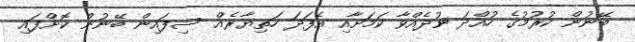
ބޭނުން ކުރުމުގެ ހުއްދަ ނުދެއްވާ ކަމަށާއި އެފަދަ ހަތިޔާރެއް ސިފައިން ބޭނުން ކޮށްފައި